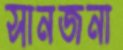
সানজনা